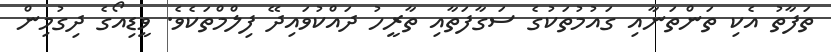
ތަފާތު އެކި ތަންތަނާއި ގައުމުތަކުގެ ސަގާފަތާއި ތާރީހު ދައްކުވައިދޭ ފިލްމްތަކެވެ. ވީޑިއޯގެ ދިގުމިން